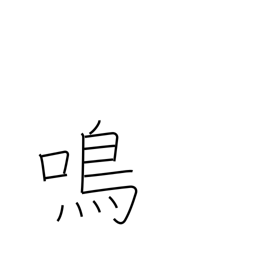
Meaning: cry